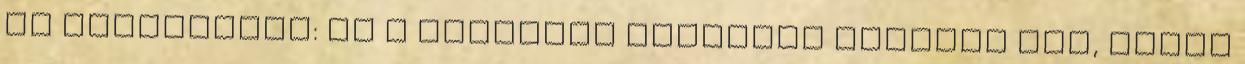
és egyáltalán: mi a csudának akarnánk eljutni oda, ahova